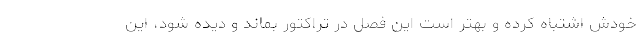
خودش اشتباه کرده و بهتر است این فصل در تراکتور بماند و دیده شود، این